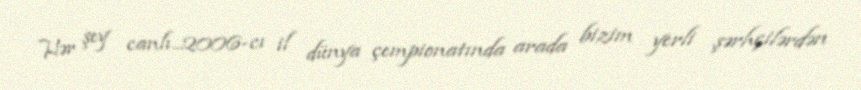
Hər şey canlı...2006-cı il dünya çempionatında arada bizim yerli şərhçilərdən